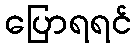
ပြောရရင်